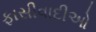
ફાસીવાદીઓ